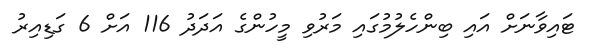
ޓައިވާނަށް އައި ބިންހެލުމުގައި މަރުވި މީހުންގެ އަދަދު 116 އަށް 6 ގަޑިއިރު